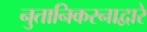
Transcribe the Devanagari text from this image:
नुतानिकरनाद्वारे